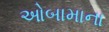
ઓબામાના